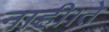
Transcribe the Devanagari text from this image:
नाही।ते